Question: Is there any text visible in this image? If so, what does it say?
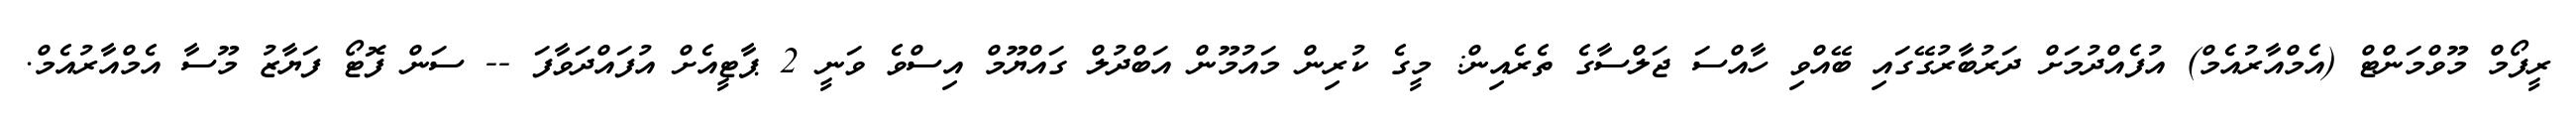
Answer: ރީފޯމް މޫވްމަންޓް (އެމްއާރުއެމް) އުފެއްދުމަށް ދަރުބާރުގޭގައި ބޭއްވި ހާއްސަ ޖަލްސާގެ ތެރެއިން: މީގެ ކުރިން މައުމޫން އަބްދުލް ގައްޔޫމް އިސްވެ ވަނީ 2 ޕާޓީއެށް އުފައްދަވާފަ -- ސަން ފޮޓޯ ފަޔާޒު މޫސާ އެމްއާރުއެމް.